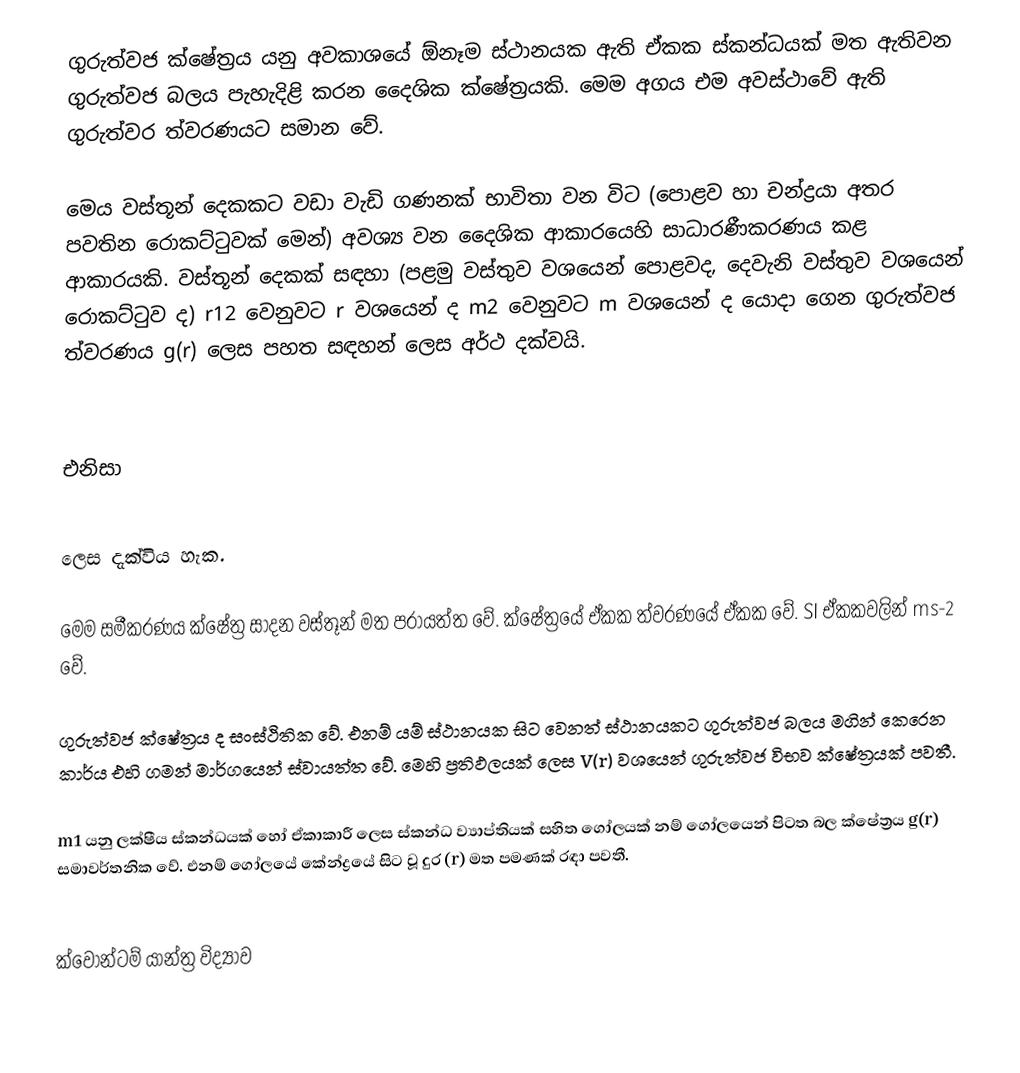
ගුරුත්වජ ක්ෂේත්‍රය යනු අවකාශයේ ඕනෑම ස්ථානයක ඇති ඒකක ස්කන්ධයක් මත ඇතිවන ගුරුත්වජ බලය පැහැදිළි කරන දෛශික ක්ෂේත්‍රයකි. මෙම අගය එම අවස්ථාවේ ඇති ගුරුත්වර ත්වරණයට සමාන වේ.

මෙය වස්තූන් දෙකකට වඩා වැඩි ගණනක් භාවිතා වන විට (පොළව හා චන්ද්‍රයා අතර පවතින රොකට්ටුවක් මෙන්) අවශ්‍ය වන දෛශික ආකාරයෙහි සාධාරණීකරණය කළ ආකාරයකි. වස්තූන් දෙකක් සඳහා (පළමු වස්තුව වශයෙන් පොළවද, දෙවැනි වස්තුව වශයෙන් ‍රොකට්ටුව ද) r12 වෙනුවට r වශයෙන් ද m2 වෙනුවට m ව‍ශයෙන් ද යොදා ගෙන ගුරුත්වජ ත්වරණය g(r) ලෙස පහත සඳහන් ලෙස අර්ථ දක්වයි.

එනිසා

ලෙස දැක්විය හැක.

මෙම සමීකරණය ක්ෂේත්‍ර සාදන වස්තූන් මත පරායත්ත වේ. ක්ෂේත්‍රයේ ඒකක ත්වරණයේ ඒකක වේ. SI ඒකකවලින් ms-2 වේ.

ගුරුත්වජ ක්ෂේත්‍රය ද සංස්ථිතික වේ. එනම් යම් ස්ථානයක සිට වෙනත් ස්ථානයකට ගුරුත්වජ බලය මගින් කෙරෙන කාර්ය එහි ගමන් මාර්ගයෙන් ස්වායත්ත වේ. මෙහි ප්‍රතිඵලයක් ලෙස V(r) වශයෙන් ගුරුත්වජ විභව ‍ක්ෂේත්‍රයක් පවතී.

m1 යනු ලක්ෂීය ස්කන්ධයක් හෝ ඒකාකාරී ලෙස ස්කන්ධ ව්‍යාප්තියක් සහිත ගෝලයක් නම් ගෝලයෙන් පිටත බල ක්ෂේත්‍රය g(r) සමාවර්තනික වේ. එනම් ගෝලයේ කේන්ද්‍රයේ සිට වූ දුර (r) මත පමණක් රඳා පවතී.

ක්වොන්ටම් යාන්ත්‍ර විද්‍යා‍ව